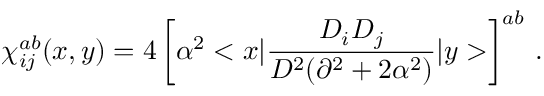
\chi _ { i j } ^ { a b } ( x , y ) = 4 \left[ \alpha ^ { 2 } < x | \frac { D _ { i } D _ { j } } { D ^ { 2 } ( \partial ^ { 2 } + 2 \alpha ^ { 2 } ) } | y > \right] ^ { a b } \, .